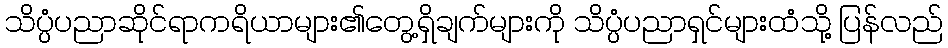
သိပ္ပံပညာဆိုင်ရာကရိယာများ၏တွေ့ရှိချက်များကို သိပ္ပံပညာရှင်များထံသို့ ပြန်လည်